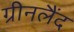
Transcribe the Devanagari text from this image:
ग्रीनलैंद